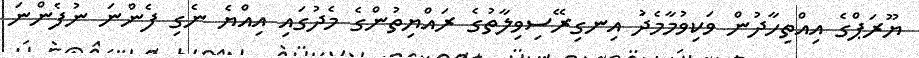
ޔޫރަޕްގެ އިއްތިހާދުން ވަކިވުމާމެދު އިނގިރޭސިވިލާތުގެ ރައްޔިތުންގެ މެދުގައި އިއްޔެ ނެގި ފެންނަ ނުފެންނަ